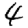
Digit: 4